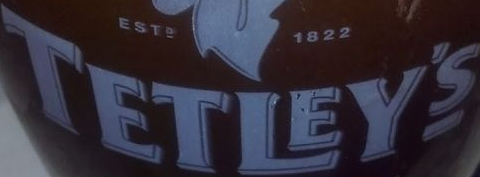
TETLEY'S